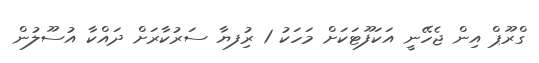
ގްރޫޕް އިން ޖެހޭނީ އަކަފޫޓަކަށް މަހަކު 1 ރުިފޔާ ސަރުކާރަށް ދައްކާ އުސޫލުން